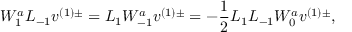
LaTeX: W _ { 1 } ^ { a } L _ { - 1 } v ^ { ( 1 ) \pm } = L _ { 1 } W _ { - 1 } ^ { a } v ^ { ( 1 ) \pm } = - \frac { 1 } { 2 } L _ { 1 } L _ { - 1 } W _ { 0 } ^ { a } v ^ { ( 1 ) \pm } ,